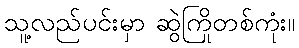
သူ့လည်ပင်းမှာ ဆွဲကြိုတစ်ကုံး။